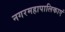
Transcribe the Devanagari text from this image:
नगरमहापालिकाएं